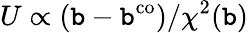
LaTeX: U\propto\left(\mathtt{b}-\mathtt{b}^{\mathrm{{co}}}\right)/\chi^{2}(\mathtt{b})